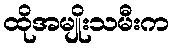
ထိုအမျိုးသမီးက